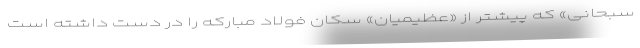
سبحانی» که پیشتر از «عظیمیان» سکان فولاد مبارکه را در دست داشته است